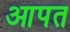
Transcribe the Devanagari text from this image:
आपत